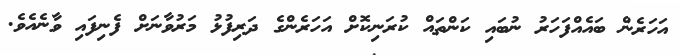
އަހަރެން ބައެއްފަހަރު ނުބައި ކަންތައް ކުރަނިކޮށް އަހަރެންގެ ދަރިފުޅު މަރުވާނަށް ފެނިފައި ވާނެއެވެ.